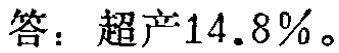
答：超产\(14.8\%\)。